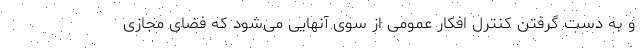
و به دست گرفتن کنترل افکار عمومی از سوی آنهایی می‌شود که فضای مجازی